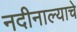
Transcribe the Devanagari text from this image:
नदीनाल्याचे